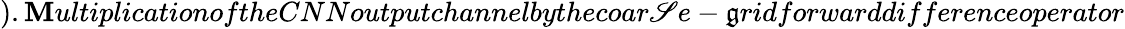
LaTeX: ).\mathbf{M}ultiplicationoftheCNNoutputchannelbythecoar\mathscr{S}e-\mathfrak{g}ridforwarddifferenceoperator